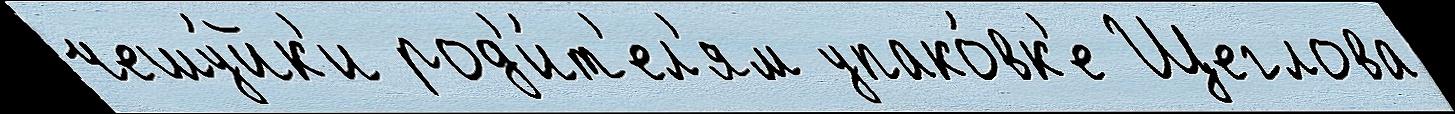
чешу́йк'и род'и́т'ел'ям упако́вк'е Щеглова